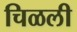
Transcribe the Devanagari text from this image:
चिळली